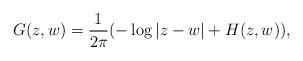
LaTeX: \begin{align*}G(z, w)=\frac{1}{2\pi} (-\log |z-w| +H(z,w)),\end{align*}